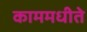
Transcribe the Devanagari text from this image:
काममधीते